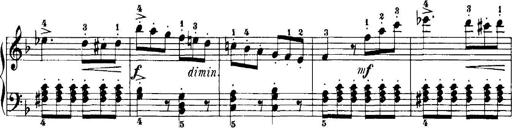
Title: 7 Sonatinas
Composer: Anton Diabelli